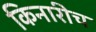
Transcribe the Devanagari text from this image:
किनारीच